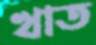
খাত